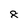
Character: 8